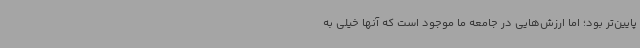
پایین‌تر بود؛ اما ارزش‌هایی در جامعه ما موجود است که آنها خیلی به